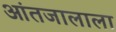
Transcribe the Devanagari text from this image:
आंतजालाला